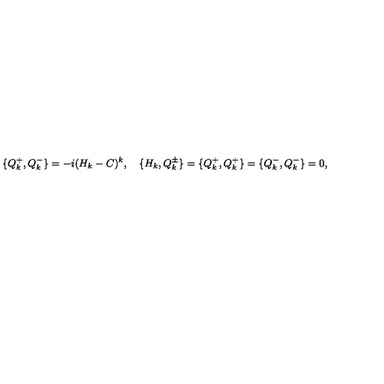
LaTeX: \{ Q _ { k } ^ { + } , Q _ { k } ^ { - } \} = - i ( H _ { k } - C ) ^ { k } , \quad \{ H _ { k } , Q _ { k } ^ { \pm } \} = \{ Q _ { k } ^ { + } , Q _ { k } ^ { + } \} = \{ Q _ { k } ^ { - } , Q _ { k } ^ { - } \} = 0 ,